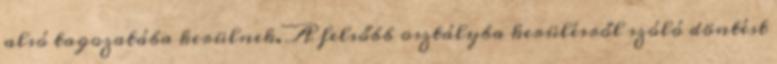
alsó tagozatába kerülnek. A felsőbb osztályba kerülésről szóló döntést